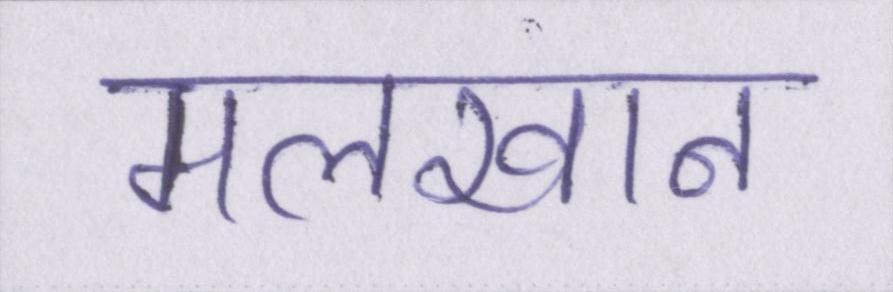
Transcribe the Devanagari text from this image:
मलखान